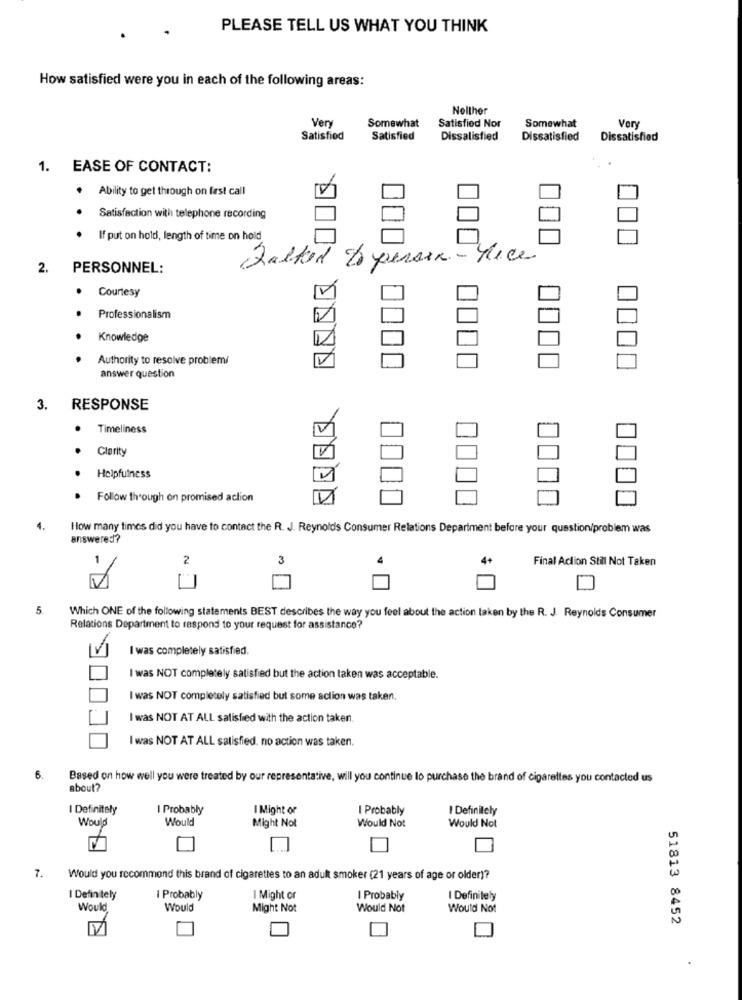
PLEASE TELL US WHAT YOU THINK
How satisfied were you in each of the following areas:
Nolther
Very
Somewhat
Satisfied Nor
Somewhat
Ver
Satisfied
Satisfied
Dissatisfied
Dissatisfied
Dissatisfied
1. EASE OF CONTACT:
. Ability to get through on fast call
Satisfaction with telephone recording
If put on hold, length of time on hold
2.
PERSONNEL:
Talked Do person- nice
.
Courtesy
.
Professionalism
Knowledge
Authority to resolve problemi
answer question
3.
RESPONSE
Timeliness
Clarity
Helpfulness
Follow through on promised action
How many times did you have to contact the R. J. Reynolds Consumer Relations Department before your question/problem was
answered?
2
3
4+
Final Action Still Not Taken
5.
Which ONE of the following statements BEST describes the way you feel about the action taken by the R. J. Reynolds Consumer
Relations Department to respond to your request for assistance?
I was completely satisfied.
I was NOT completely satisfied but the action taken was acceptable.
I was NOT completely satisfied but some sclion was taken.
I was NOT AT ALL satisfied with the action taken.
I was NOT AT ALL satisfied, no action was taken.
6.
Based on how well you were treated by our representative, will you continue to purchase the brand of cigarettes you contacted us
about?
I Definitely
I Probably
I Might or
I Probably
I Definitely
Would
Would
Might Not
Would Not
Would Not
7.
Would you recommend this brand of cigarettes to an adult smoker (21 years of age or older)?
I Definitely
I Probably
I Might or
I Probably
I Definitely
Would
Would
Might Not
Would Not
Would Not
51813 8452